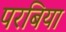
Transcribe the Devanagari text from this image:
परबिया